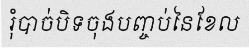
រុំបាច់បិទចុងបញ្ចប់នៃខែល